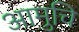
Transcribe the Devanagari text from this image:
आमुचि